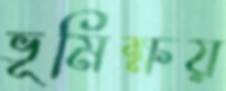
ভূমিক্ষয়